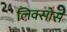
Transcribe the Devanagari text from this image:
लिक्सोस